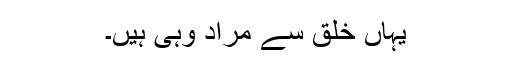
یہاں خلق سے مراد وہی ہیں۔